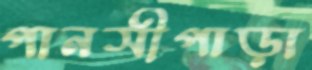
পানসীপাড়া